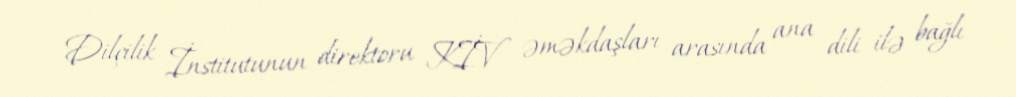
Dilçilik İnstitutunun direktoru KİV əməkdaşları arasında ana dili ilə bağlı